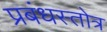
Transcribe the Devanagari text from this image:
प्रबंधस्तोत्र